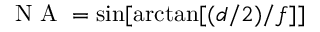
{ \mathrm { ~ N ~ A ~ } = \sin [ \arctan [ ( d / 2 ) / f ] ] }